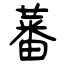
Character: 蕃